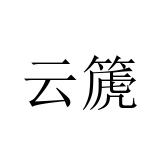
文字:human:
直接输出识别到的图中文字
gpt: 云篪